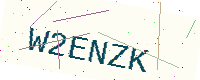
Text: W2ENZK